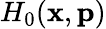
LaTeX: H_{0}(\mathbf{x},\mathbf{p})